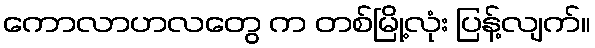
ကောလာဟလတွေ က တစ်မြို့လုံး ပြန့်လျက်။